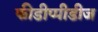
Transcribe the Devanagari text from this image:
फीडीप्पीडीज